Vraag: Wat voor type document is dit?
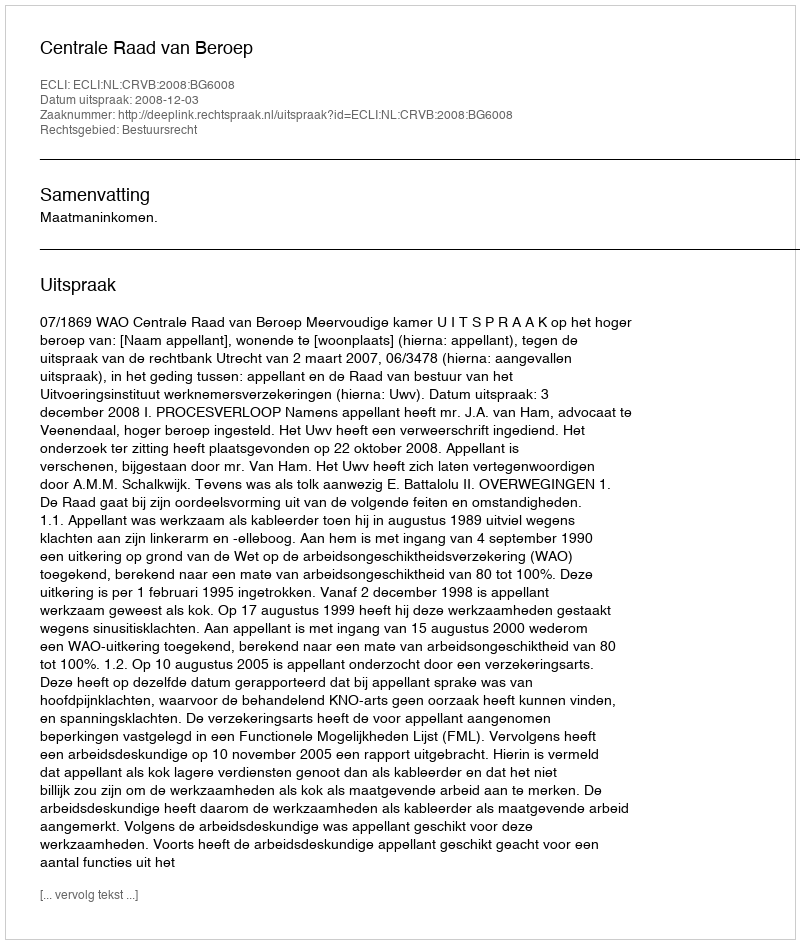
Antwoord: Uitspraak